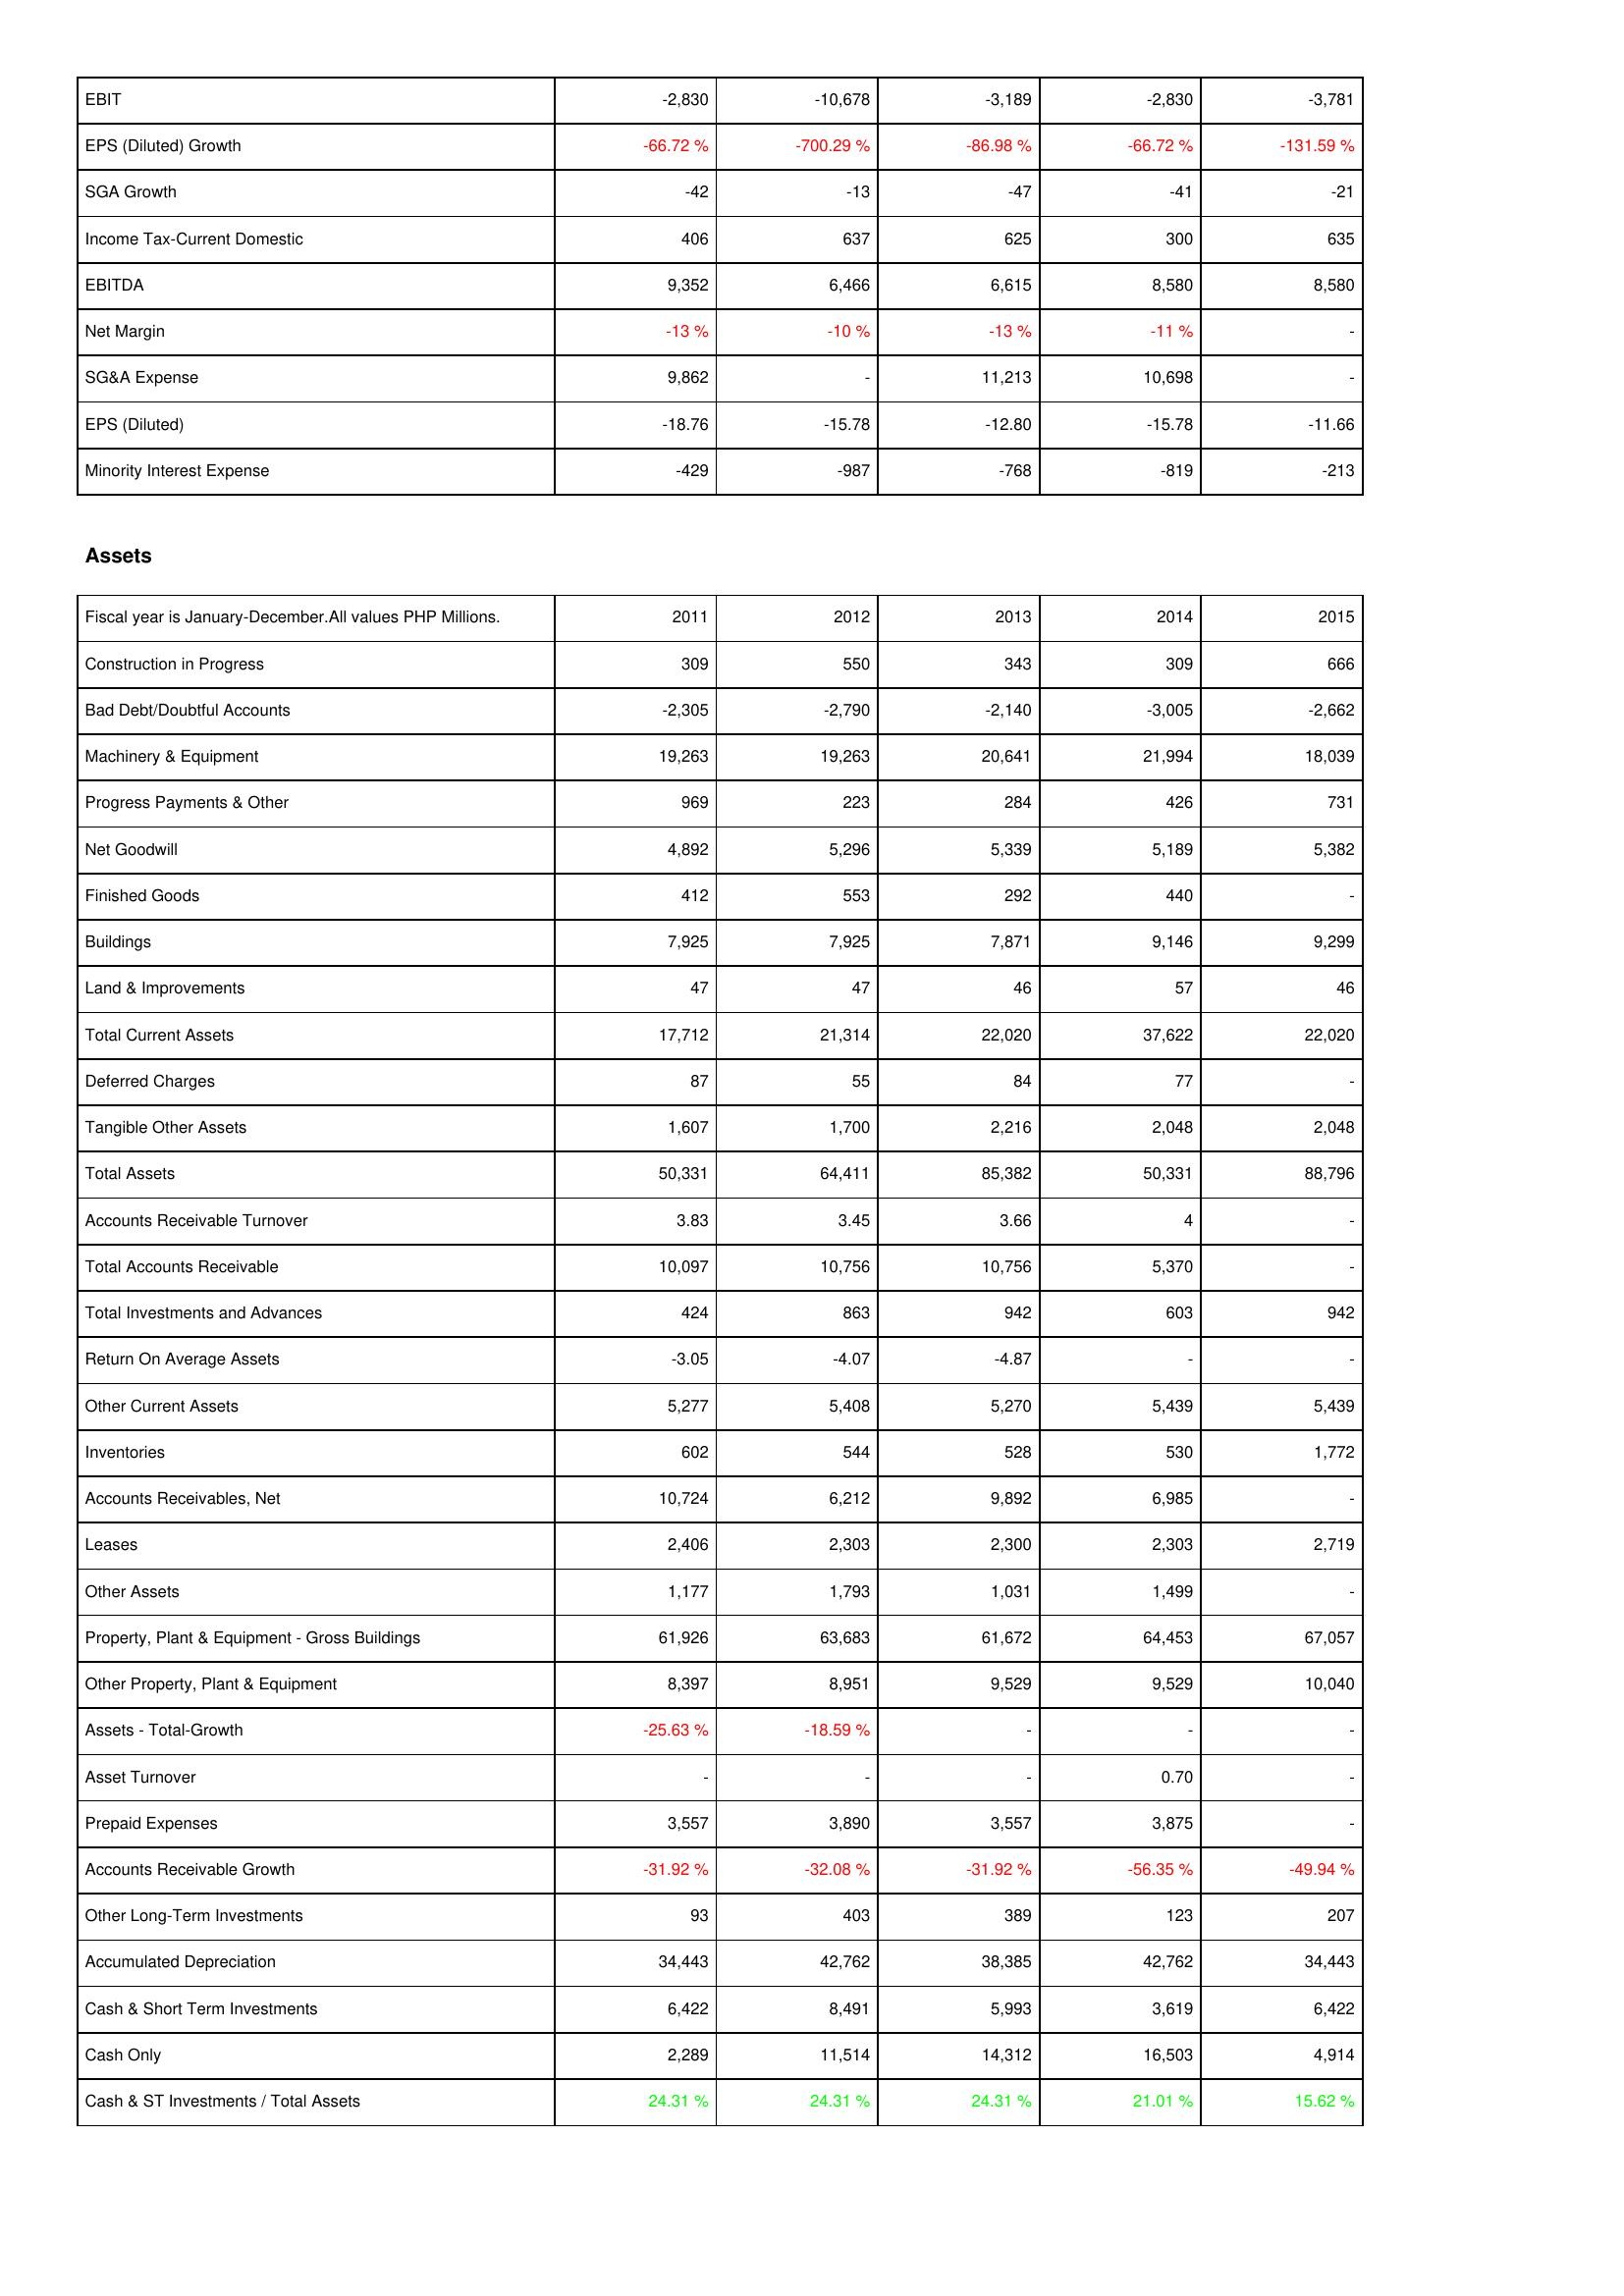
2011: Income Statement: EBIT: -2,830
EPS (Diluted) Growth: -66.72 %
SGA Growth: -42
Income Tax-Current Domestic: 406
EBITDA: 9,352
Net Margin: -13 %
SG&A Expense: 9,862
EPS (Diluted): -18.76
Minority Interest Expense: -429
Assets: Construction in Progress: 309
Bad Debt/Doubtful Accounts: -2,305
Machinery & Equipment: 19,263
Progress Payments & Other: 969
Net Goodwill: 4,892
Finished Goods: 412
Buildings: 7,925
Land & Improvements: 47
Total Current Assets: 17,712
Deferred Charges: 87
Tangible Other Assets: 1,607
Total Assets: 50,331
Accounts Receivable Turnover: 3.83
Total Accounts Receivable: 10,097
Total Investments and Advances: 424
Return On Average Assets: -3.05
Other Current Assets: 5,277
Inventories: 602
Accounts Receivables, Net: 10,724
Leases: 2,406
Other Assets: 1,177
Property, Plant & Equipment - Gross Buildings: 61,926
Other Property, Plant & Equipment: 8,397
Assets - Total-Growth: -25.63 %
Asset Turnover: -
Prepaid Expenses: 3,557
Accounts Receivable Growth: -31.92 %
Other Long-Term Investments: 93
Accumulated Depreciation: 34,443
Cash & Short Term Investments: 6,422
Cash Only: 2,289
Cash & ST Investments / Total Assets: 24.31 %
2012: Income Statement: EBIT: -10,678
EPS (Diluted) Growth: -700.29 %
SGA Growth: -13
Income Tax-Current Domestic: 637
EBITDA: 6,466
Net Margin: -10 %
SG&A Expense: -
EPS (Diluted): -15.78
Minority Interest Expense: -987
Assets: Construction in Progress: 550
Bad Debt/Doubtful Accounts: -2,790
Machinery & Equipment: 19,263
Progress Payments & Other: 223
Net Goodwill: 5,296
Finished Goods: 553
Buildings: 7,925
Land & Improvements: 47
Total Current Assets: 21,314
Deferred Charges: 55
Tangible Other Assets: 1,700
Total Assets: 64,411
Accounts Receivable Turnover: 3.45
Total Accounts Receivable: 10,756
Total Investments and Advances: 863
Return On Average Assets: -4.07
Other Current Assets: 5,408
Inventories: 544
Accounts Receivables, Net: 6,212
Leases: 2,303
Other Assets: 1,793
Property, Plant & Equipment - Gross Buildings: 63,683
Other Property, Plant & Equipment: 8,951
Assets - Total-Growth: -18.59 %
Asset Turnover: -
Prepaid Expenses: 3,890
Accounts Receivable Growth: -32.08 %
Other Long-Term Investments: 403
Accumulated Depreciation: 42,762
Cash & Short Term Investments: 8,491
Cash Only: 11,514
Cash & ST Investments / Total Assets: 24.31 %
2013: Income Statement: EBIT: -3,189
EPS (Diluted) Growth: -86.98 %
SGA Growth: -47
Income Tax-Current Domestic: 625
EBITDA: 6,615
Net Margin: -13 %
SG&A Expense: 11,213
EPS (Diluted): -12.80
Minority Interest Expense: -768
Assets: Construction in Progress: 343
Bad Debt/Doubtful Accounts: -2,140
Machinery & Equipment: 20,641
Progress Payments & Other: 284
Net Goodwill: 5,339
Finished Goods: 292
Buildings: 7,871
Land & Improvements: 46
Total Current Assets: 22,020
Deferred Charges: 84
Tangible Other Assets: 2,216
Total Assets: 85,382
Accounts Receivable Turnover: 3.66
Total Accounts Receivable: 10,756
Total Investments and Advances: 942
Return On Average Assets: -4.87
Other Current Assets: 5,270
Inventories: 528
Accounts Receivables, Net: 9,892
Leases: 2,300
Other Assets: 1,031
Property, Plant & Equipment - Gross Buildings: 61,672
Other Property, Plant & Equipment: 9,529
Assets - Total-Growth: -
Asset Turnover: -
Prepaid Expenses: 3,557
Accounts Receivable Growth: -31.92 %
Other Long-Term Investments: 389
Accumulated Depreciation: 38,385
Cash & Short Term Investments: 5,993
Cash Only: 14,312
Cash & ST Investments / Total Assets: 24.31 %
2014: Income Statement: EBIT: -2,830
EPS (Diluted) Growth: -66.72 %
SGA Growth: -41
Income Tax-Current Domestic: 300
EBITDA: 8,580
Net Margin: -11 %
SG&A Expense: 10,698
EPS (Diluted): -15.78
Minority Interest Expense: -819
Assets: Construction in Progress: 309
Bad Debt/Doubtful Accounts: -3,005
Machinery & Equipment: 21,994
Progress Payments & Other: 426
Net Goodwill: 5,189
Finished Goods: 440
Buildings: 9,146
Land & Improvements: 57
Total Current Assets: 37,622
Deferred Charges: 77
Tangible Other Assets: 2,048
Total Assets: 50,331
Accounts Receivable Turnover: 4
Total Accounts Receivable: 5,370
Total Investments and Advances: 603
Return On Average Assets: -
Other Current Assets: 5,439
Inventories: 530
Accounts Receivables, Net: 6,985
Leases: 2,303
Other Assets: 1,499
Property, Plant & Equipment - Gross Buildings: 64,453
Other Property, Plant & Equipment: 9,529
Assets - Total-Growth: -
Asset Turnover: 0.70
Prepaid Expenses: 3,875
Accounts Receivable Growth: -56.35 %
Other Long-Term Investments: 123
Accumulated Depreciation: 42,762
Cash & Short Term Investments: 3,619
Cash Only: 16,503
Cash & ST Investments / Total Assets: 21.01 %
2015: Income Statement: EBIT: -3,781
EPS (Diluted) Growth: -131.59 %
SGA Growth: -21
Income Tax-Current Domestic: 635
EBITDA: 8,580
Net Margin: -
SG&A Expense: -
EPS (Diluted): -11.66
Minority Interest Expense: -213
Assets: Construction in Progress: 666
Bad Debt/Doubtful Accounts: -2,662
Machinery & Equipment: 18,039
Progress Payments & Other: 731
Net Goodwill: 5,382
Finished Goods: -
Buildings: 9,299
Land & Improvements: 46
Total Current Assets: 22,020
Deferred Charges: -
Tangible Other Assets: 2,048
Total Assets: 88,796
Accounts Receivable Turnover: -
Total Accounts Receivable: -
Total Investments and Advances: 942
Return On Average Assets: -
Other Current Assets: 5,439
Inventories: 1,772
Accounts Receivables, Net: -
Leases: 2,719
Other Assets: -
Property, Plant & Equipment - Gross Buildings: 67,057
Other Property, Plant & Equipment: 10,040
Assets - Total-Growth: -
Asset Turnover: -
Prepaid Expenses: -
Accounts Receivable Growth: -49.94 %
Other Long-Term Investments: 207
Accumulated Depreciation: 34,443
Cash & Short Term Investments: 6,422
Cash Only: 4,914
Cash & ST Investments / Total Assets: 15.62 %